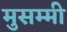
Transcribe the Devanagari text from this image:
मुसम्मी